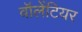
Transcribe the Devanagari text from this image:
वॉलेंटियर